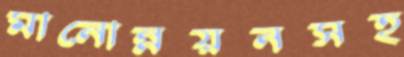
মানোন্নয়নসহ